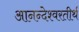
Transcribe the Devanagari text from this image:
आनन्देश्वरतीर्थ